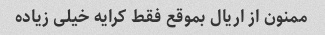
ممنون از اریال بموقع فقط کرایه خیلی زیاده